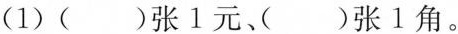
(1)( )张1元、( )张1角。